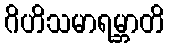
ဂိဟိသမာရမ္ဘာတိ